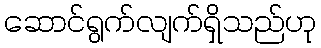
ဆောင်ရွက်လျက်ရှိသည်ဟု